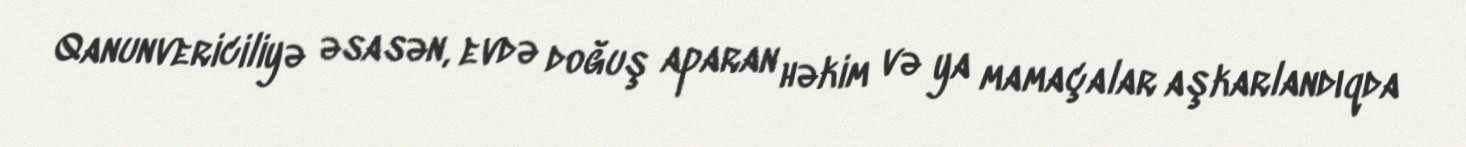
Qanunvericiliyə əsasən, evdə doğuş aparan həkim və ya mamaçalar aşkarlandıqda